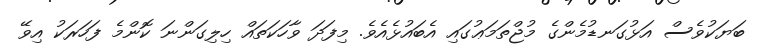
ބަޔަކުވެސް އަޅުގަނޑުމެންގެ މުޖްތަމަޢުގައި އެބައުޅެއެވެ. މިފަދަ ވާހަކަތައް ހިލިގަންނަ ކޮންމެ ފަހަރަކު އިވޭ